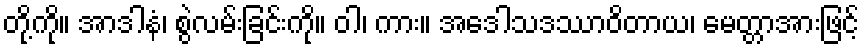
တို့ကို။ အာဒါနံ၊ စွဲလမ်းခြင်းကို။ ဝါ၊ ကား။ အဒေါသဒဿာဝိတာယ၊ မေတ္တာအားဖြင့်